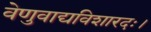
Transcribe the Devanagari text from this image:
वेणुवाद्यविशारदः।